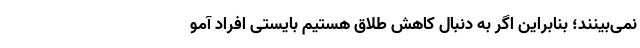
نمی‌بینند؛ بنابراین اگر به دنبال کاهش طلاق هستیم بایستی افراد آمو